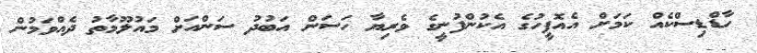
ހާޑްޑިސްކެއް ކަމަށް އެއޮފީހުގެ އެކުންފުނީގެ ވެރިޔާ ހަސަން އަބުދު ސަންއަށް މައުލޫމާތު ދެއްވަމުން